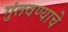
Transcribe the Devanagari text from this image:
गुंतवण्याचे